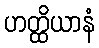
ဟတ္ထိယာနံ